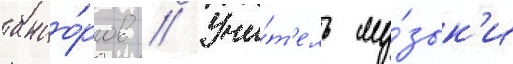
танцо́ров // Учи́т'ель му́зык'и